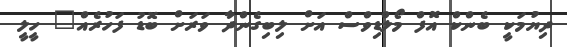
ދިޔުމަކީ ބެންކް އޮފް މޯލްޑިވްސް އަށް ލިބިގެންދާ ވަރަށް ބޮޑު ފަހުރެއް" ހީލީ